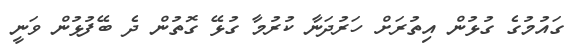
ގައުމުގެ ގުޅުން އިތުރަށް ހަރުދަނާ ކުރުމާ ގުޅޭ ގޮތުން ދެ ބޭފުޅުން ވަނީ